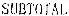
SUBTOTAL